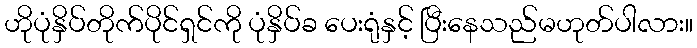
ဟိုပုံနှိပ်တိုက်ပိုင်ရှင်ကို ပုံနှိပ်ခ ပေးရုံနှင့် ပြီးနေသည်မဟုတ်ပါလား။